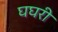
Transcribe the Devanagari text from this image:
घघरी